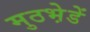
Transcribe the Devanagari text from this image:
मुठभ़ेडें